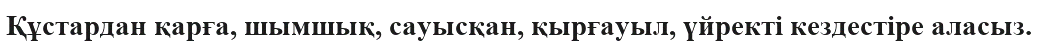
Құстардан қарға, шымшық, сауысқан, қырғауыл, үйректі кездестіре аласыз.